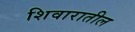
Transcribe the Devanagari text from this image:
शिवारातील